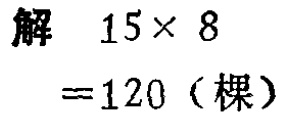
解 \(15\times 8\)
\(=120\)（棵）